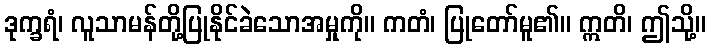
ဒုက္ခရံ၊ လူသာမန်တို့ပြုနိုင်ခဲသောအမှုကို။ ကတံ၊ ပြုတော်မူ၏။ ဣတိ၊ ဤသို့။